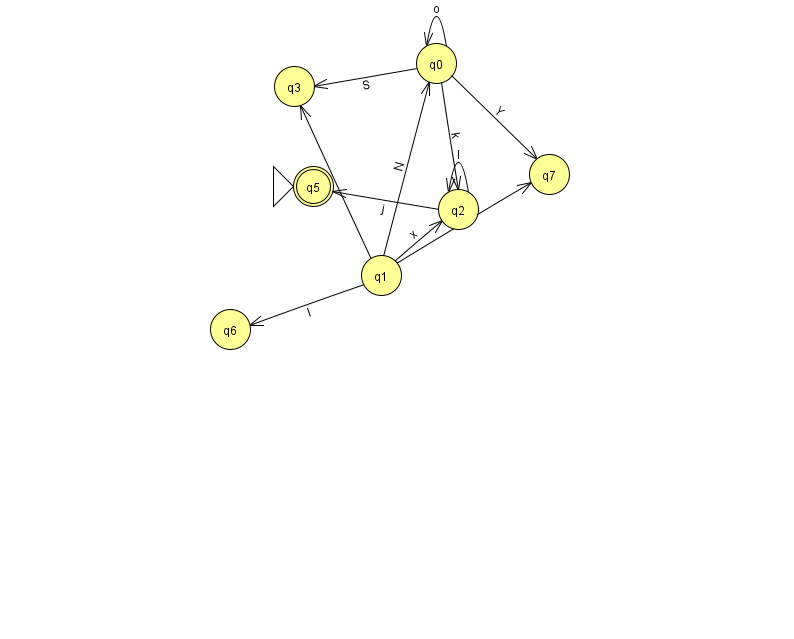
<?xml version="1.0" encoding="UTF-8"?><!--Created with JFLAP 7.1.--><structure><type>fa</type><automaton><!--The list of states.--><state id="0" name="q0"><x>436.0</x><y>50.0</y></state><state id="1" name="q1"><x>381.0</x><y>262.0</y></state><state id="2" name="q2"><x>458.0</x><y>196.0</y></state><state id="3" name="q3"><x>294.0</x><y>73.0</y></state><state id="5" name="q5"><x>313.0</x><y>173.0</y><initial/><final/></state><state id="6" name="q6"><x>230.0</x><y>316.0</y></state><state id="7" name="q7"><x>549.0</x><y>161.0</y></state><!--The list of transitions.--><transition><from>0</from><to>7</to><read>Y</read></transition><transition><from>1</from><to>6</to><read>l</read></transition><transition><from>0</from><to>3</to><read>S</read></transition><transition><from>1</from><to>3</to><read>p</read></transition><transition><from>1</from><to>0</to><read>N</read></transition><transition><from>1</from><to>2</to><read>x</read></transition><transition><from>2</from><to>2</to><read>l</read></transition><transition><from>0</from><to>2</to><read>k</read></transition><transition><from>2</from><to>5</to><read>j</read></transition><transition><from>1</from><to>7</to><read>R</read></transition><transition><from>0</from><to>0</to><read>o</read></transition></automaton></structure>